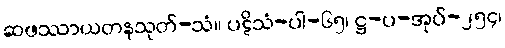
ဆဖဿာယတနသုတ်-သံ။ ပဋိသံ-ပါ-၆၅၊ ဋ္ဌ-ပ-အုပ်-၂၅၄၊